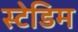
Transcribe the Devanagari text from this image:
स्टेडिम